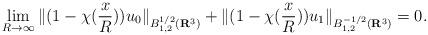
LaTeX: \begin{align*}\lim_{R \rightarrow \infty} \| (1 - \chi(\frac{x}{R})) u_{0} \|_{B_{1,2}^{1/2}(\mathbf{R}^{3})} + \| (1 - \chi(\frac{x}{R})) u_{1} \|_{B_{1,2}^{-1/2}(\mathbf{R}^{3})} = 0.\end{align*}